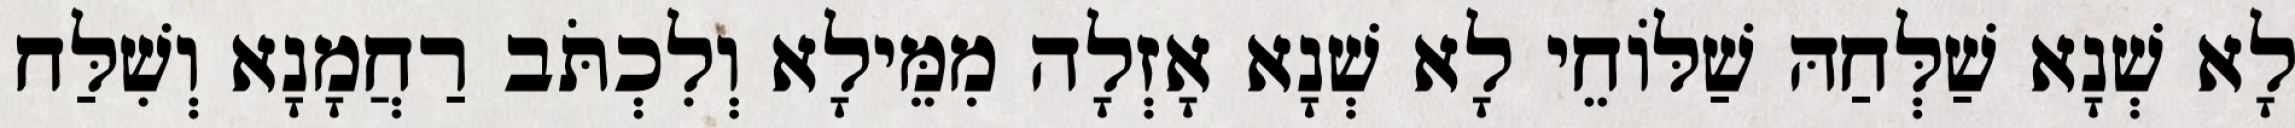
לָא שְׁנָא שַׁלְּחַהּ שַׁלּוֹחֵי לָא שְׁנָא אָזְלָה מִמֵּילָא וְלִכְתֹּב רַחֲמָנָא וְשִׁלַּח